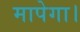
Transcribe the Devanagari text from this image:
मापेगा।